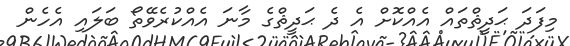
މިފަދަ ޙަދީޘްތައް އެއްކޮށް އެ ދެ ޙަދީޘްގެ މާނަ އެއްކުރެވޭތޯ ބަލައި އެހެން